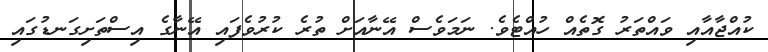
ކުއްޖާއާއި ވައްތަރު ގޮތެއް ހުއްޓެވެ. ނަމަވެސް އޭނާއަށް ތުރެ ކުރުވެފައި އޭނާގެ އިސްތަށިގަނޑުގައި